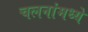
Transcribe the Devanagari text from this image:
चलनांमध्ये